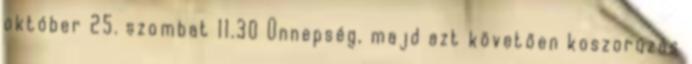
október 25. szombat 11.30 Ünnepség, majd azt követően koszorúzás